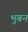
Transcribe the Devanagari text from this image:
भुबन